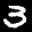
Label: 3